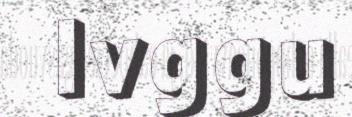
Ivggu